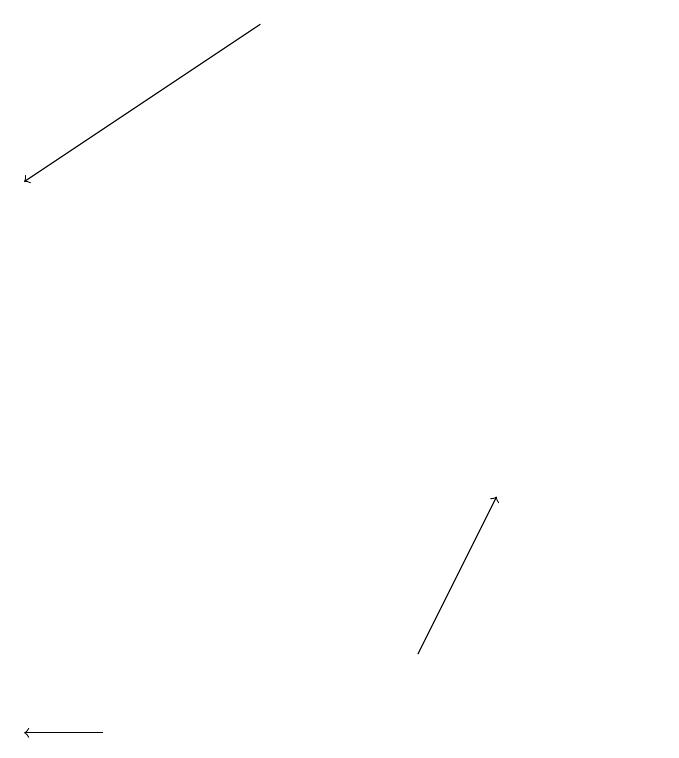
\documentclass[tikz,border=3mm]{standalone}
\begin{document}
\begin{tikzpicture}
\draw[->] (6,19) -- (3,17);
\draw[->] (8,11) -- (9,13);
\draw (11,10) circle (0);
\draw[->] (4,10) -- (3,10);
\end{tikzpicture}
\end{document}